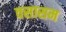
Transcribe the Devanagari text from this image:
वसासम